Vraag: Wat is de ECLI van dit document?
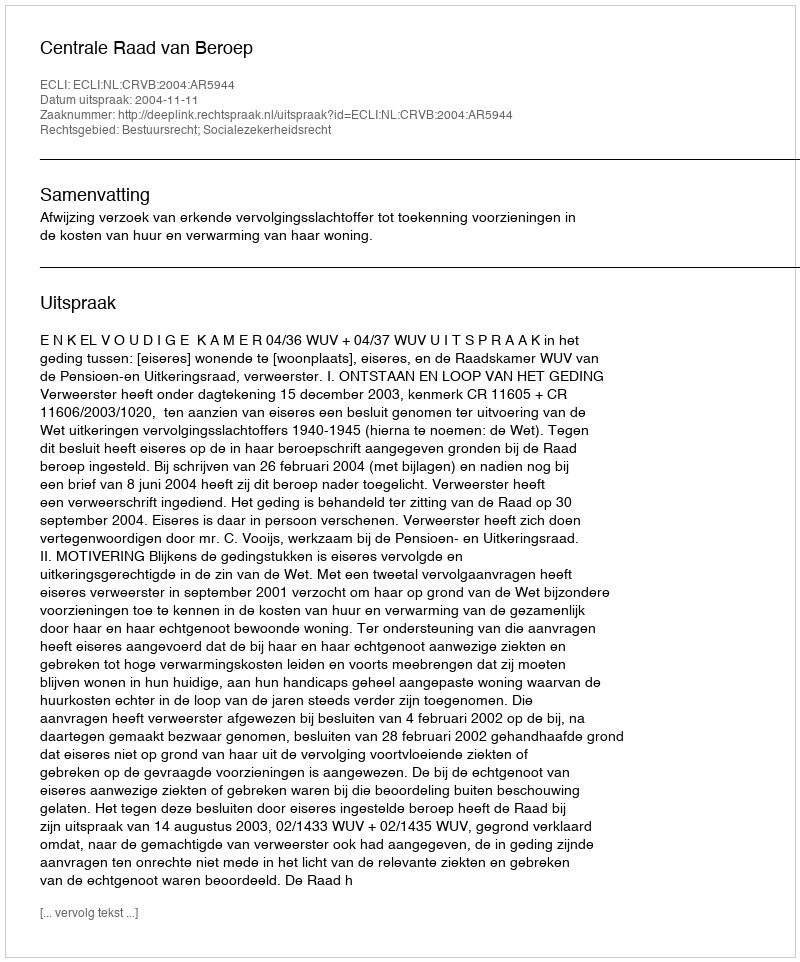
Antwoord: ECLI:NL:CRVB:2004:AR5944